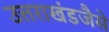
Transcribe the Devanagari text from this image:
उत्तराखंडजैसे